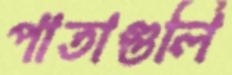
পাতাগুলি